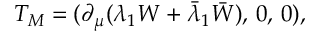
T _ { M } = ( \partial _ { \mu } ( \lambda _ { 1 } W + \bar { \lambda } _ { 1 } \bar { W } ) , \, 0 , \, 0 ) ,